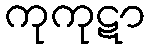
ကုကုဋာ